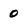
Character: 0